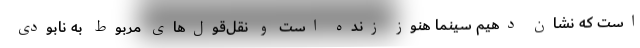
است که نشان دهیم سینما هنوز زنده است و نقل‌قول‌های مربوط به نابودی